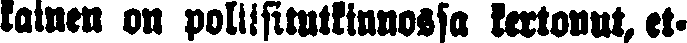
kainen on poliisitutkinnossa kertonut, et-